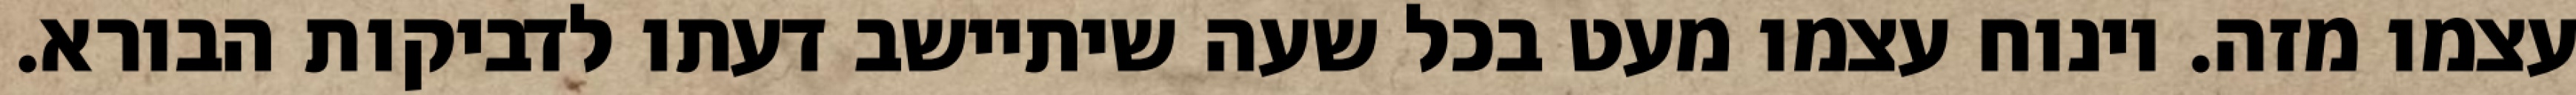
עצמו מזה. וינוח עצמו מעט בכל שעה שיתיישב דעתו לדביקות הבורא.